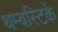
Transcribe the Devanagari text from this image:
थम्बस्टिकें